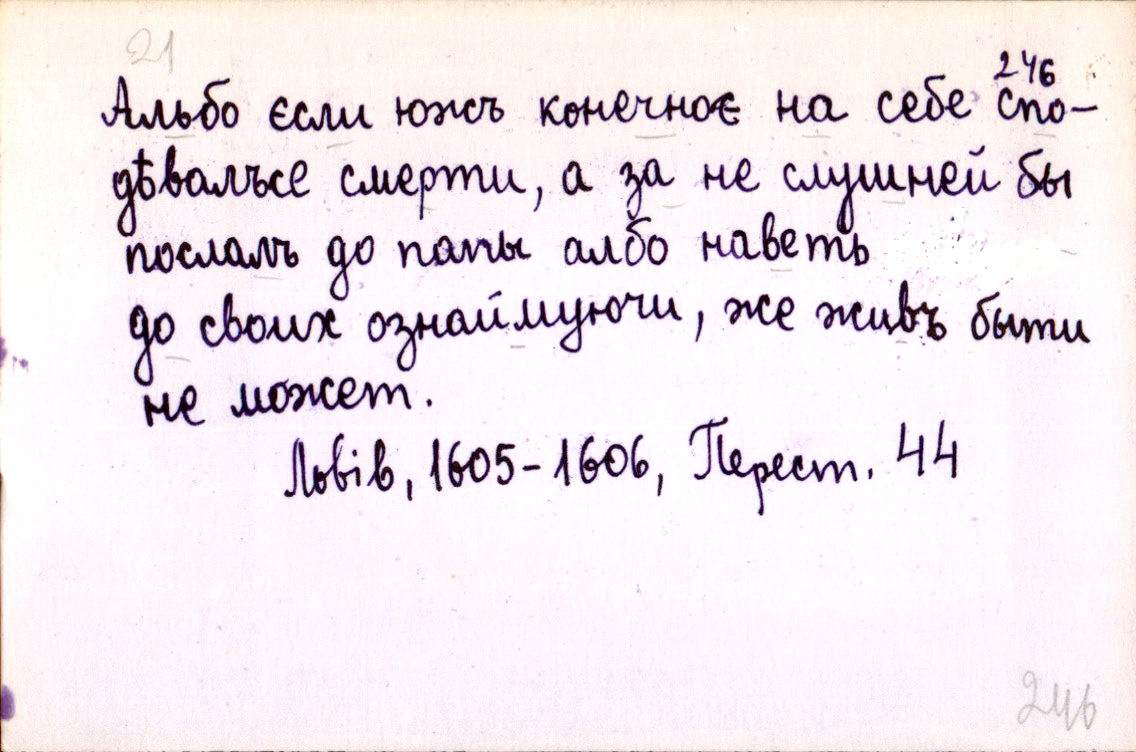
Альбо єсли южъ конечноє на себе спо-
дѣвалъсе смерти, а за не слушней бы
послалъ до папы албо наветь
до своих ознаймуючи, же живъ быти
не может.
Львів, 1605-1606, Перест. 44